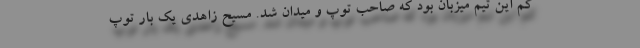
کم این تیم میزبان بود که صاحب توپ و میدان شد. مسیح زاهدی یک بار توپ